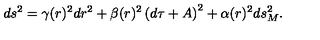
d s ^ { 2 } = \gamma ( r ) ^ { 2 } d r ^ { 2 } + \beta ( r ) ^ { 2 } \left( d \tau + A \right) ^ { 2 } + \alpha ( r ) ^ { 2 } { d s _ { M } ^ { 2 } } .